Leaving Certificate Examination, 1921
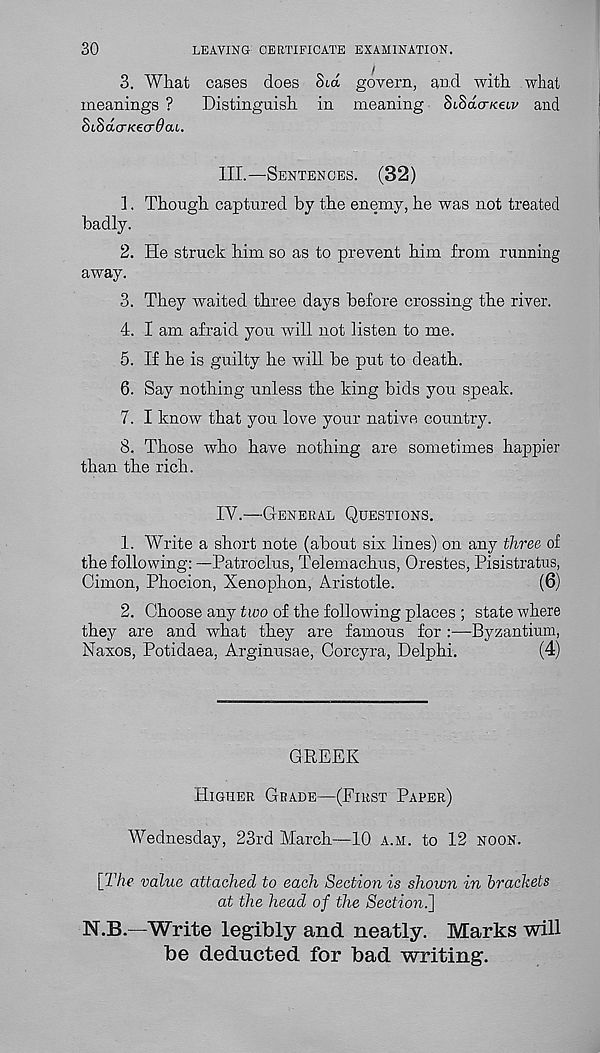
30
LEAVING CERTIFICATE EXAMINATION.
3. What cases does Sux govern, and with what
meanings ?
Distinguish in meaning StSacricetv and
SiSduKecrOcu.
III.
—
1. Though captured by the enemy, he was not treated
badly.
2. He struck him so as to prevent him from running
away.
3. They waited three days before crossing the river.
4. I am afraid you will not listen to me.
5. If he is guilty he will be put to death.
6. Say nothing unless the king bids you speak.
7. I know that you love your native country.
8. Those who have nothing are sometimes happier
than the rich.
IV.
—
1. Write a short note (about six lines) on any three of
the following: —Patroclus, Telemachus, Orestes, Pisistratus,
Cimon, Phocion, Xenophon, Aristotle.
(6)
2. Choose any two of the following places ; state where
they are and what they are famous for :—Byzantium,
Naxos, Potidaea, Arginusae, Corcyra, Delphi.
(4)
GREEK
Higher Grade—(First Paper)
Wednesday, 23rd March—10 a.m. to 12 noon.
[The value attached to each Section is shown in brackets
at the head of the Sectioni]
N.B.—Write legibly and neatly. Marks will
be deducted for bad writing.